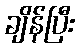
ချိန်ပြီး